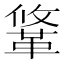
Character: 䩦